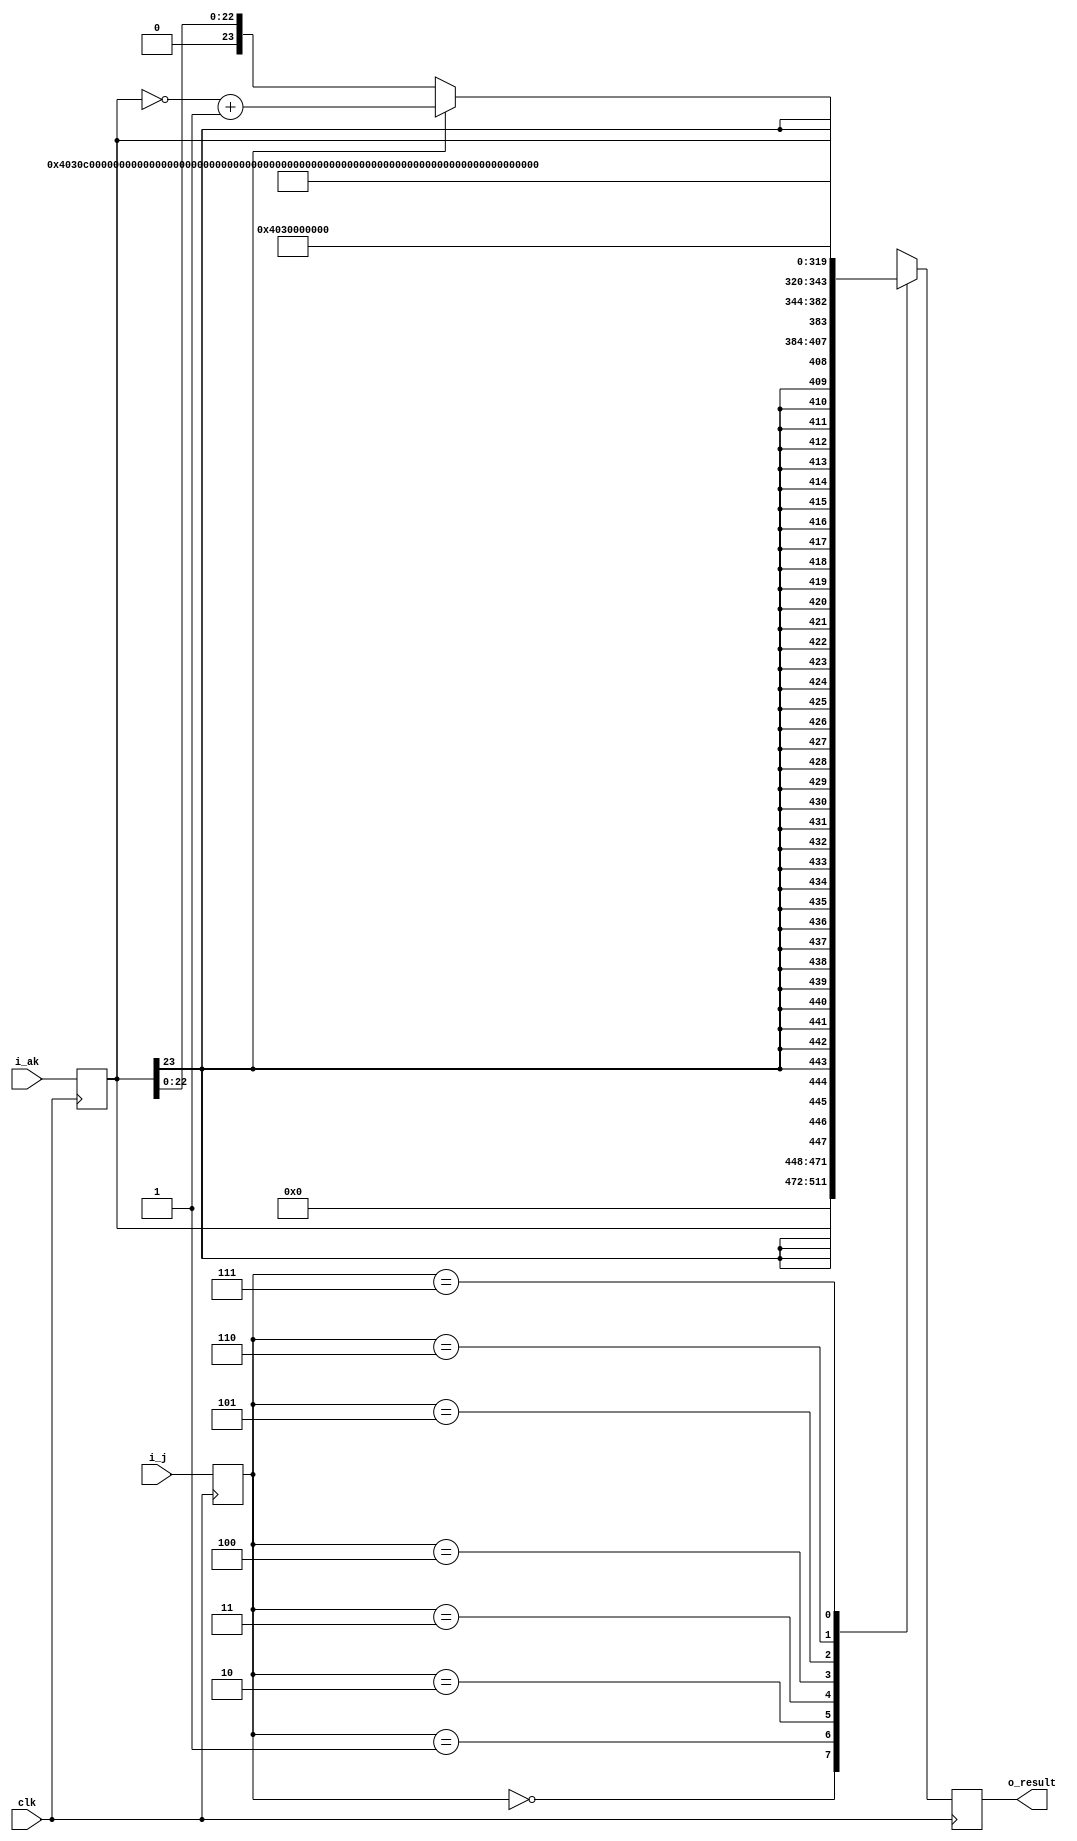
//******************************************
//       Scalar Constant Generator Unit
//******************************************
//
//This block is used to handle a few 'special
// case' instructions that load constant floating
// point values into one of the scalar registers
// (among other things)

module s_const_gen(clk,i_j,i_ak,o_result);
input wire clk;
input wire [2:0] i_j;
input wire [23:0] i_ak;
output reg [63:0] o_result;

reg [2:0]  cur_j;
reg [23:0] cur_ak;
wire [23:0] twos_compl_ak;
wire [23:0] float_ak;
assign twos_compl_ak = ~cur_ak + 24'b1;

assign float_ak = cur_ak[23] ? twos_compl_ak : cur_ak;

always@(posedge clk)
begin
   cur_j  <= i_j;
	cur_ak <= i_ak;
end
	
always@(posedge clk)
   case(cur_j)
	   3'b000:o_result <= {40'b0,cur_ak};
		3'b001:o_result <= {{40{cur_ak[23]}},cur_ak};
		3'b010:o_result <= {cur_ak[23],15'o40060,24'b0,float_ak};
		3'b011:o_result <= 64'o0400606000000000000000;  //0.75 * 2^48
		3'b100:o_result <= 64'o0400004000000000000000;  //0.5
		3'b101:o_result <= 64'o0400014000000000000000;  //1.0
		3'b110:o_result <= 64'o0400024000000000000000;  //2.0
		3'b111:o_result <= 64'o0400034000000000000000;  //4.0
	endcase


endmodule